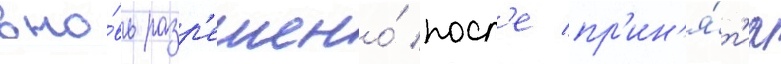
вно́вь разр'ешено́ посл'е пр'ин'я́т'иа